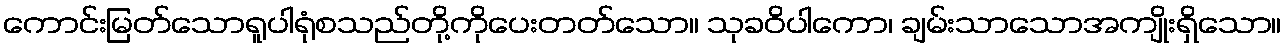
ကောင်းမြတ်သောရူပါရုံစသည်တို့ကိုပေးတတ်သော။ သုခဝိပါကော၊ ချမ်းသာသောအကျိုးရှိသော။